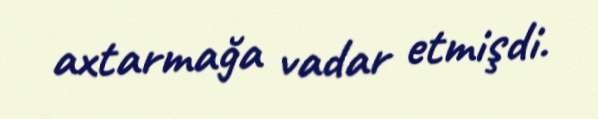
axtarmağa vadar etmişdi.